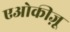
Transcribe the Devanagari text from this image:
एओकीज़ू